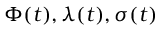
\Phi ( t ) , \lambda ( t ) , \sigma ( t )